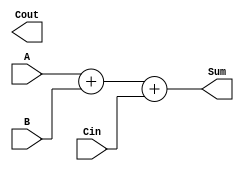
module CLA_adder (
    input [7:0] A,
    input [7:0] B,
    input Cin,
    output [8:0] Sum,
    output Cout
);

wire [8:0] C;

assign C[0] = Cin;

generate
    genvar i;
    for (i = 1; i < 8; i = i + 1) begin : generate_block
        assign C[i] = A[i] & B[i] | A[i] & C[i - 1] | B[i] & C[i - 1];
    end
endgenerate

assign Sum = A + B + Cin;
assign Cout = C[8];

endmodule